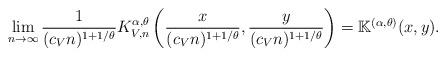
LaTeX: \begin{align*} \lim_{n\to\infty} \frac{1}{(c_V n)^{1+1/\theta}} K^{\alpha,\theta}_{V,n}\left(\frac{x}{(c_V n)^{1+1/\theta}},\frac{y}{(c_V n)^{1+1/\theta}}\right) =\mathbb K^{(\alpha, \theta)}(x,y).\end{align*}